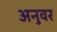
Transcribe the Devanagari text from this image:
अनुवर